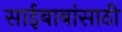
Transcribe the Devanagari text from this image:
साईबाबांसाठी